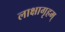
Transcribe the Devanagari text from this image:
लाक्षागृहम्